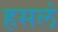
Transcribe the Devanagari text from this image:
हसलं